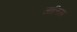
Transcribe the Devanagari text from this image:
जालिसा